Indian journal of veterinary science and animal husbandry - Volume 11,
Year: 1941
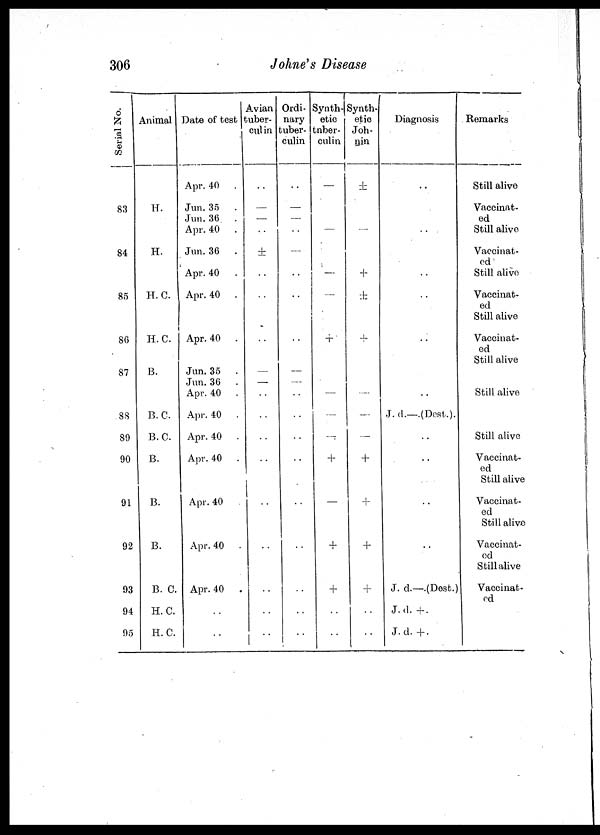
306
Johne's Disease
Serial No.
83
84
85
86
87
88
89
90
91
92
93
94
95
Animal
H.
H.
H. C.
H. C.
B.
B.C.
B.C.
B.
B.
B.
B. C.
H. C.
H. C.
Date of test
Apr. 40 .
Jun. 35 .
Jun. 36 .
Apr. 40
Jun. 36 .
Apr. 40
Apr. 40
Apr, 40
Jun. 35
Jun. 36
Apr. 40
Apr. 40
Apr. 40
Apr. 40
Apr. 40
Apr. 40
Apr. 40
. .
. .
Avian
tuber-
cul in
. .
—
—
. .
±
. .
. .
. .
—
—
. .
. .
. .
. .
. .
. .
. .
. .
. .
Ordi-
nary
tuber-
culin
. .
—
—
. .
—
. .
. .
. .
—
—
. .
. .
. .
. .
. .
. .
. .
. .
. .
Synth-
etic
tnber-
culin
—
—
—
—
+
—
—
—
+
—
+
+
. .
.
.
Synth-
etic
Joh-
nin
±
—
+
±
+
—
—
—
+
+
+
+
. .
. .
Diagnosis
. .
. .
. .
. .
. .
. .
J. d.—.(Dest.).
. .
. .
. .
. .
J. d.—.(Desf.)
J.
d. +.
J. d. +.
Remarks
Still alive
Vaccinat-
ed
Still alive
Vaccinat-
ed
Still alive
Vaccinat-
ed
Still alive
Vaccinat-
ed
Still alive
Still alive
Still alive
Vaccinat-
ed
Still alive
Vaccinat-
ed
Still alive
Vaccinat-
ed
Still alive
Vaccinat-
ed